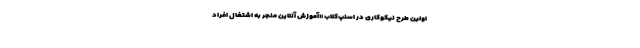
اولین طرح نیکوکاری در اسنپ‌کلاب «آموزش آنلاین منجر به اشتغال افراد